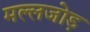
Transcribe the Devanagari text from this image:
मल्लजोड़